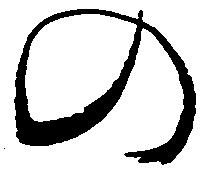
の